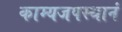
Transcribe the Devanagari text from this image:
काम्यजपस्थानं